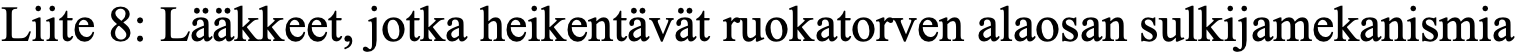
Liite 8: Lääkkeet, jotka heikentävät ruokatorven alaosan sulkijamekanismia